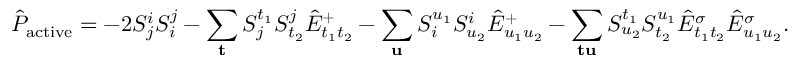
\hat { P } _ { \mathrm { a c t i v e } } = - 2 S _ { j } ^ { i } S _ { i } ^ { j } - \sum _ { \mathbf { t } } S _ { j } ^ { t _ { 1 } } S _ { t _ { 2 } } ^ { j } \hat { E } _ { t _ { 1 } t _ { 2 } } ^ { + } - \sum _ { \mathbf { u } } S _ { i } ^ { u _ { 1 } } S _ { u _ { 2 } } ^ { i } \hat { E } _ { u _ { 1 } u _ { 2 } } ^ { + } - \sum _ { \mathbf { t } \mathbf { u } } S _ { u _ { 2 } } ^ { t _ { 1 } } S _ { t _ { 2 } } ^ { u _ { 1 } } \hat { E } _ { t _ { 1 } t _ { 2 } } ^ { \sigma } \hat { E } _ { u _ { 1 } u _ { 2 } } ^ { \sigma } .